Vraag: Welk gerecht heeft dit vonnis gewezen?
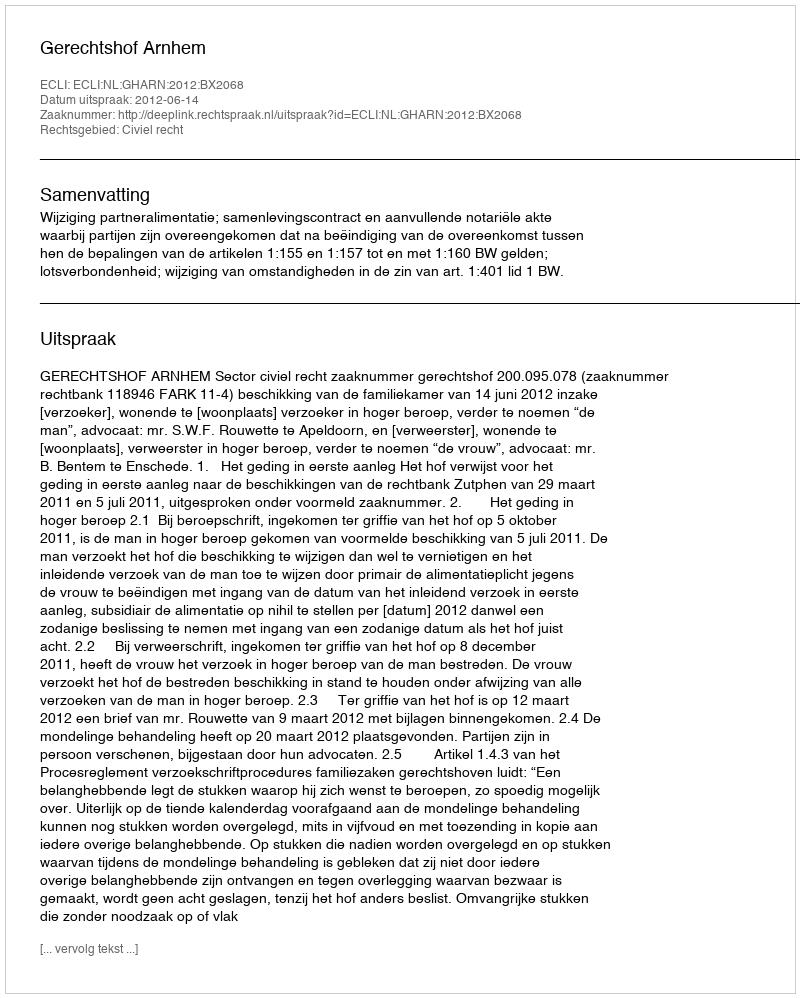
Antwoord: Gerechtshof Arnhem